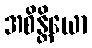
အစိန္တိယော